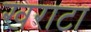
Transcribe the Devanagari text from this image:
खराटा